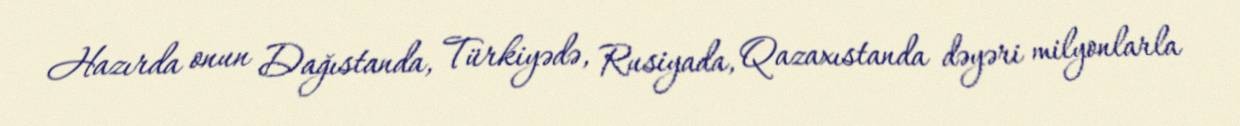
Hazırda onun Dağıstanda, Türkiyədə, Rusiyada, Qazaxıstanda dəyəri milyonlarla